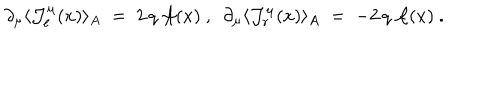
LaTeX: \partial _ { \mu } \langle { \mathcal J } _ { \ell } ^ { \mu } ( x ) \rangle _ { A } \; = \; 2 \, q \, { \mathcal A } ( x ) ~ , ~ ~ \partial _ { \mu } \langle { \mathcal J } _ { r } ^ { \mu } ( x ) \rangle _ { A } \; = \; - 2 \, q \, { \mathcal A } ( x ) ~ .